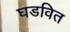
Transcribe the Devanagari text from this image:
घडवित